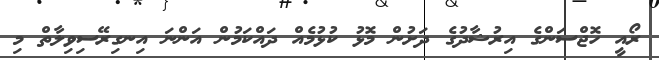
ރޯއީ ހޮޖްސަންގެ އިރުޝާދުގެ ދަށުން މޮޅު ކުޅުމެއް ދައްކަމުން އަންނަ އިނގިރޭސިވިލާތް މި